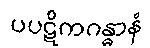
ပပဋိကဂန္ဓာနံ